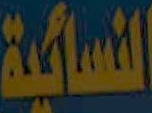
النسائية